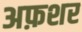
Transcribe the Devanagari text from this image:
अफ़शर